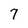
Character: 7